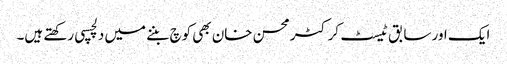
ایک اور سابق ٹیسٹ کرکٹر محسن خان بھی کوچ بننے میں دلچسپی رکھتے ہیں۔